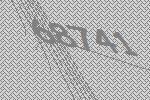
68741